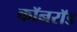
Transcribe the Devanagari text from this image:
कॉनरॉड